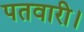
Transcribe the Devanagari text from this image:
पतवारी।